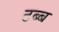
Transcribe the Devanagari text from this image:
टब्ब